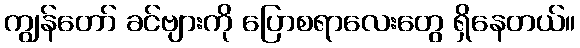
ကျွန်တော် ခင်ဗျားကို ပြောစရာလေးတွေ ရှိနေတယ်။